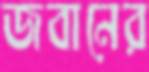
জবানের